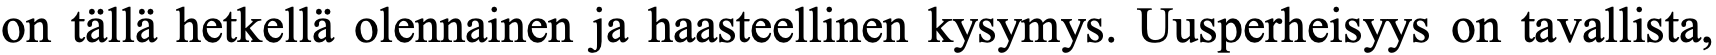
on tällä hetkellä olennainen ja haasteellinen kysymys. Uusperheisyys on tavallista,